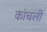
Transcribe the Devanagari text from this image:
कांचली